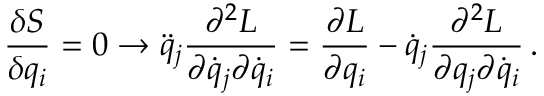
\frac { \delta S } { \delta q _ { i } } = 0 \rightarrow \ddot { q } _ { j } \frac { \partial ^ { 2 } L } { \partial \dot { q } _ { j } \partial \dot { q } _ { i } } = \frac { \partial L } { \partial q _ { i } } - \dot { q } _ { j } \frac { \partial ^ { 2 } L } { \partial q _ { j } \partial \dot { q } _ { i } } \, .